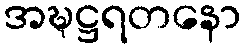
အဍ္ဎဋ္ဌရတနော